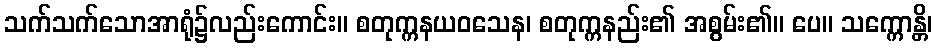
သက်သက်သောအာရုံ၌လည်းကောင်း။ စတုက္ကနယဝသေန၊ စတုက္ကနည်း၏ အစွမ်း၏။ ပေ။ သက္ကောန္တိ၊